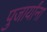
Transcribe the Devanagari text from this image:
पुजार्यांना